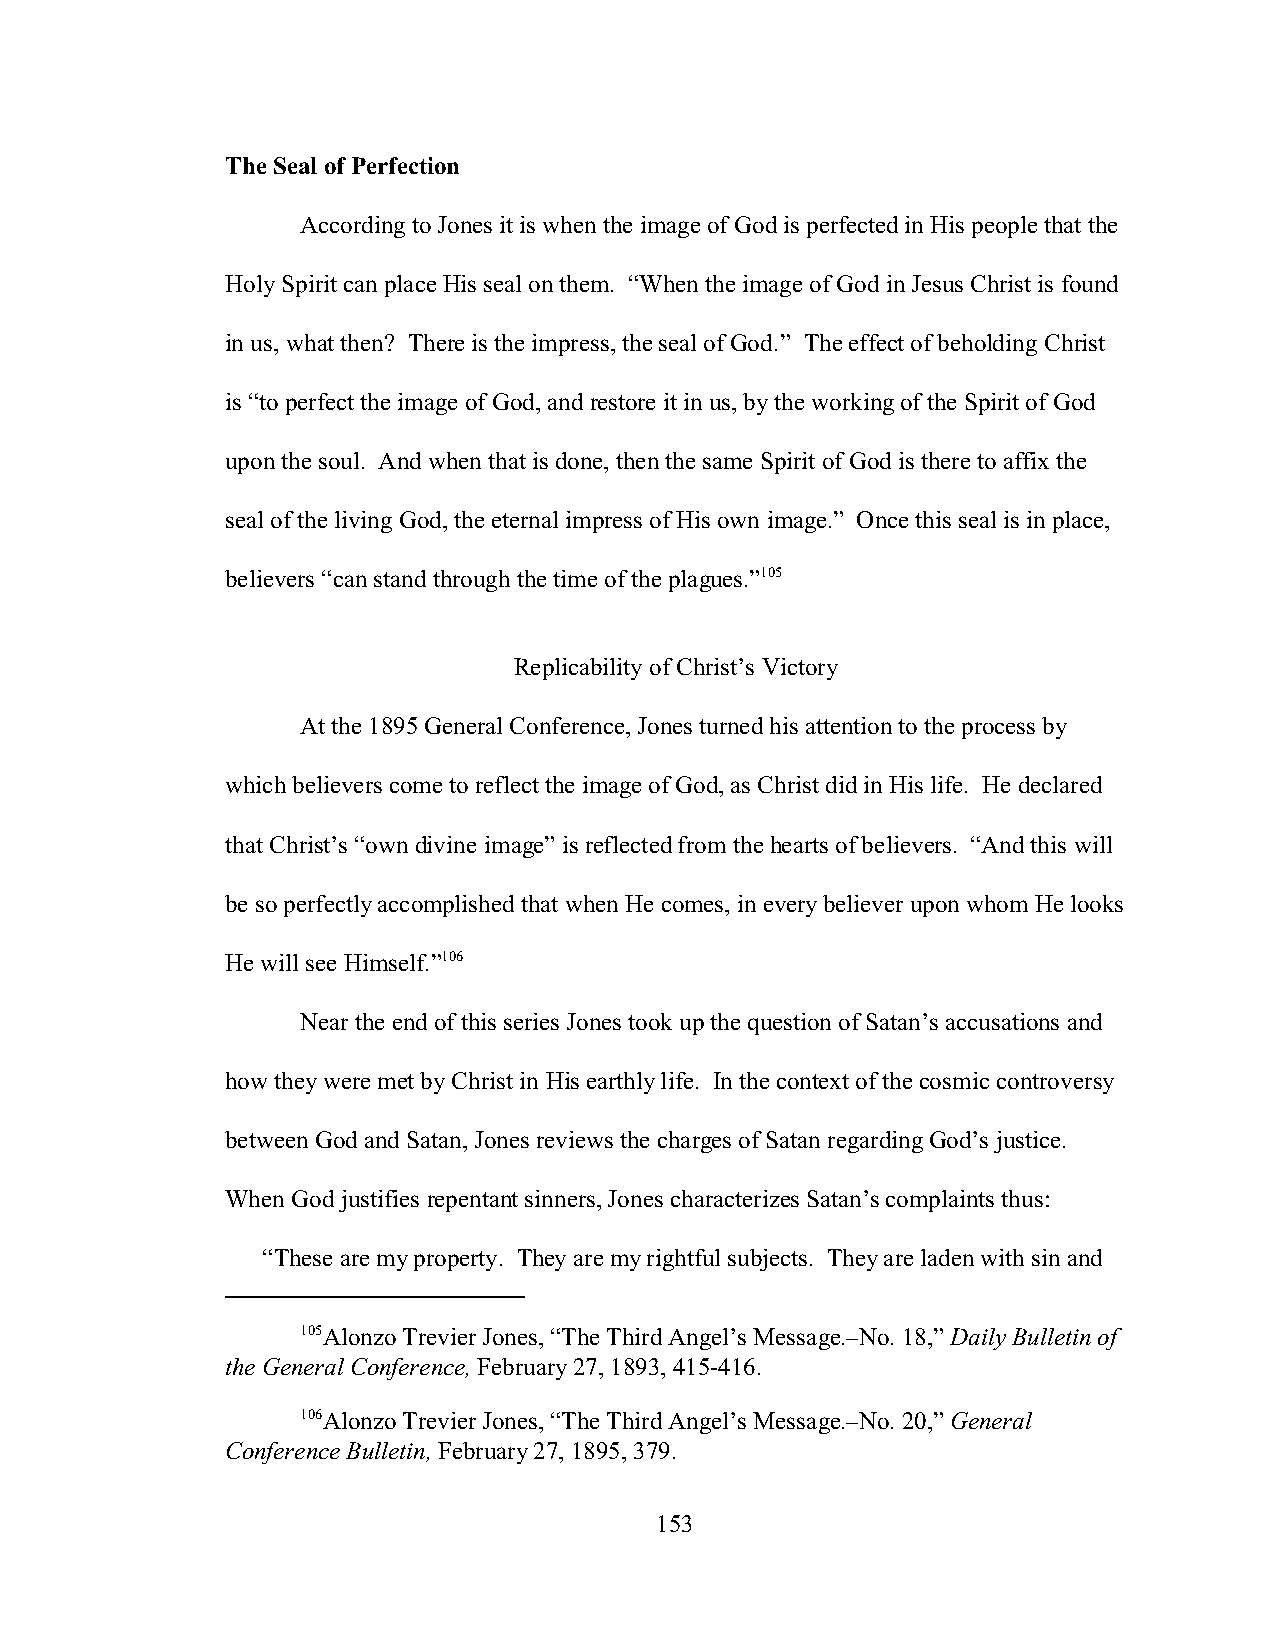
The Seal of Perfection
 According to Jones it is when the image of God is perfected in His people that the
 Holy Spirit can place His seal on them. “When the image of God in Jesus Christ is found
 in us, what then? There is the impress, the seal of God.” The effect of beholding Christ
 is “to perfect the image of God, and restore it in us, by the working of the Spirit of God
 upon the soul. And when that is done, then the same Spirit of God is there to affix the
 seal of the living God, the eternal impress of His own image.” Once this seal is in place,
 believers “can stand through the time of the plagues.”105
 Replicability of Christ’s Victory
 At the 1895 General Conference, Jones turned his attention to the process by
 which believers come to reflect the image of God, as Christ did in His life. He declared
 that Christ’s “own divine image” is reflected from the hearts of believers. “And this will
 be so perfectly accomplished that when He comes, in every believer upon whom He looks
 He will see Himself.”106
 Near the end of this series Jones took up the question of Satan’s accusations and
 how they were met by Christ in His earthly life. In the context of the cosmic controversy
 between God and Satan, Jones reviews the charges of Satan regarding God’s justice.
 When God justifies repentant sinners, Jones characterizes Satan’s complaints thus:
 “These are my property. They are my rightful subjects. They are laden with sin and
 105Alonzo Trevier Jones, “The Third Angel’s Message.–No. 18,” Daily Bulletin of
 the General Conference, February 27, 1893, 415-416.
 106Alonzo Trevier Jones, “The Third Angel’s Message.–No. 20,” General
 Conference Bulletin, February 27, 1895, 379.
 153